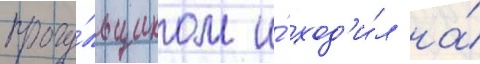
прогу́льщиком и́ ход'и́л на́